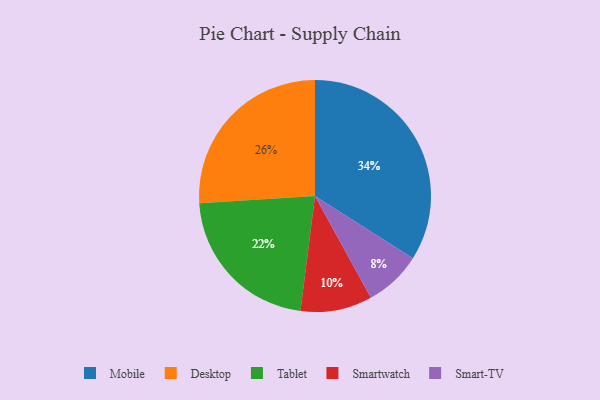
{"axis": {"x": "Category", "y": "Percentage"}, "legend": ["Desktop", "Mobile", "Smart-TV", "Smartwatch", "Tablet"], "data": [{"x": "Smart-TV", "y": 8, "type": "Smart-TV"}, {"x": "Desktop", "y": 26, "type": "Desktop"}, {"x": "Smartwatch", "y": 10, "type": "Smartwatch"}, {"x": "Tablet", "y": 22, "type": "Tablet"}, {"x": "Mobile", "y": 34, "type": "Mobile"}]}